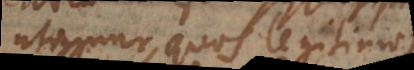
utamur, quos legitimos